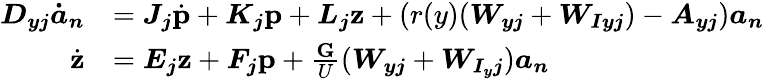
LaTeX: \begin{array}{rl}{\boldsymbol{D_{yj}}\boldsymbol{\dot{a}_{n}}}&{=\boldsymbol{J_{j}}\dot{\textbf{p}}+\boldsymbol{K_{j}}\textbf{p}+\boldsymbol{L_{j}}\textbf{z}+(r(y)(\boldsymbol{W_{yj}}+\boldsymbol{W_{Iyj}})-\boldsymbol{A_{yj}})\boldsymbol{a_{n}}}\\ {\dot{\textbf{z}}}&{=\boldsymbol{E_{j}}\textbf{z}+\boldsymbol{F_{j}}\textbf{p}+\frac{\textbf{G}}{U}(\boldsymbol{W_{yj}}+\boldsymbol{W_{I_{y}j}})\boldsymbol{a_{n}}}\end{array}